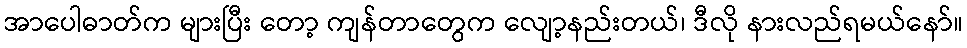
အာပေါဓာတ်က များပြီး တော့ ကျန်တာတွေက လျော့နည်းတယ်၊ ဒီလို နားလည်ရမယ်နော်။